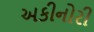
અકીનોરી